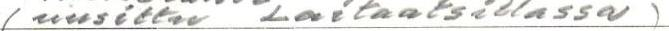
(uusittu Laitaatsillassa)